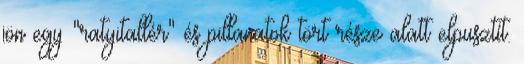
jön egy "ratyitallér" és pillanatok tört része alatt elpusztít.